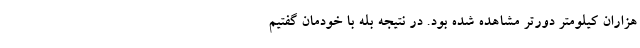
هزاران کیلومتر دورتر مشاهده شده بود. در نتیجه بله با خودمان گفتیم